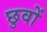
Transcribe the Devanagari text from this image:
छुवों